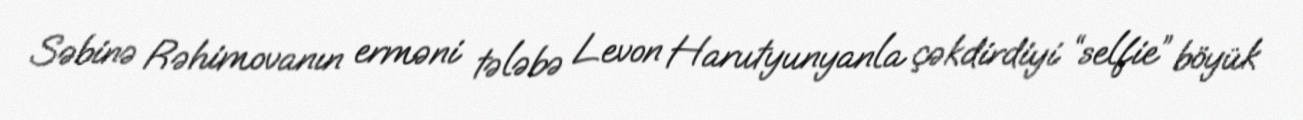
Səbinə Rəhimovanın erməni tələbə Levon Harutyunyanla çəkdirdiyi “selfie” böyük